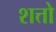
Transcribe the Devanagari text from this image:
शत्तो